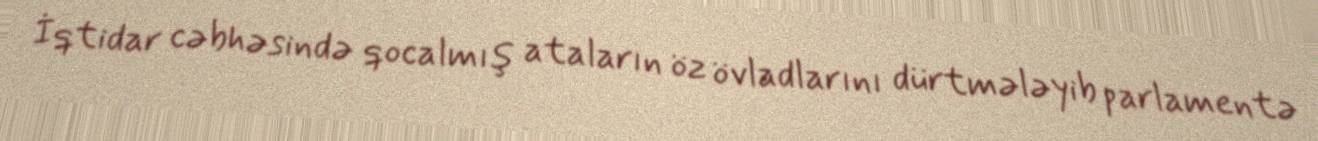
İqtidar cəbhəsində qocalmış ataların öz övladlarını dürtmələyib parlamentə